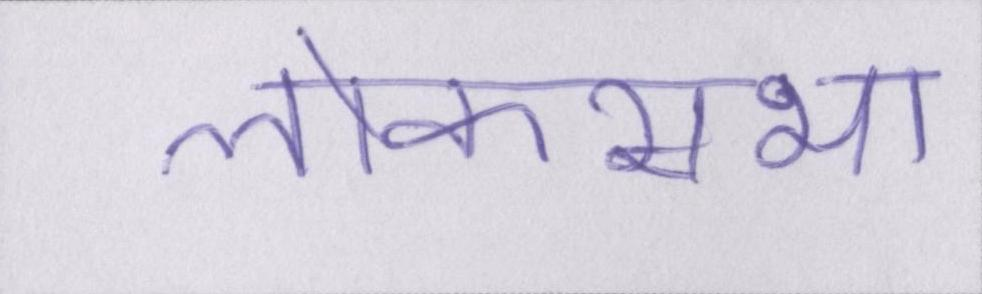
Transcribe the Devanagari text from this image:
लोकसभा